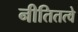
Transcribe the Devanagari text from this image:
नीतितत्वे